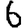
Digit: 6